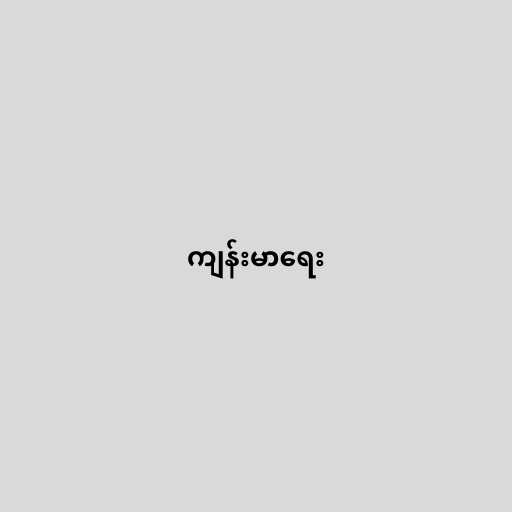
ကျန်းမာရေး